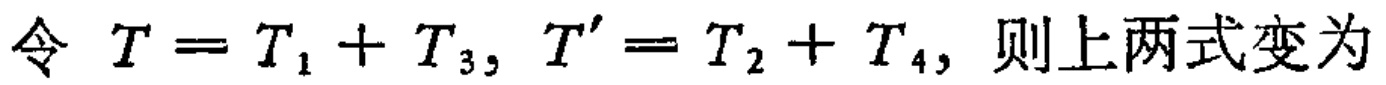
令 \(T = T_1 + T_3, T' = T_2 + T_4,\) 则上两式变为